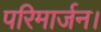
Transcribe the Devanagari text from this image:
परिमार्जन।